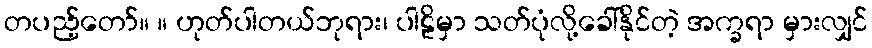
တပည့်တော်။ ။ ဟုတ်ပါတယ်ဘုရား၊ ပါဠိမှာ သတ်ပုံလို့ခေါ်နိုင်တဲ့ အက္ခရာ မှားလျှင်